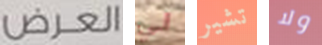
العرض لي تشير ولا